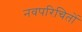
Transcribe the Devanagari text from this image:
नवपरिचितों